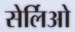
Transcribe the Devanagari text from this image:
सेर्लिओ